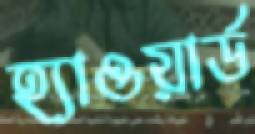
হ্যাওয়ার্ড